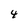
Character: 4